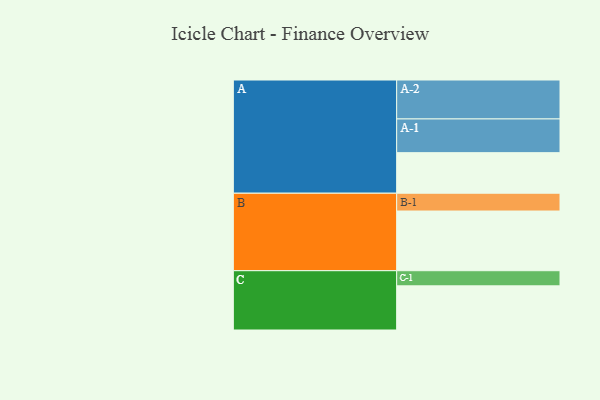
{"axis": {"x": "Segment", "y": "Value"}, "legend": ["", "A", "B", "C"], "data": [{"x": "A", "y": 303, "type": ""}, {"x": "B", "y": 446, "type": ""}, {"x": "C", "y": 330, "type": ""}, {"x": "A-1", "y": 252, "type": "A"}, {"x": "A-2", "y": 291, "type": "A"}, {"x": "B-1", "y": 133, "type": "B"}, {"x": "C-1", "y": 113, "type": "C"}]}